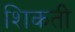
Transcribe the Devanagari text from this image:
शिकती